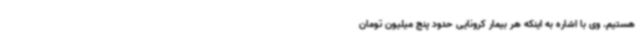
هستیم. وی با اشاره به اینکه هر بیمار کرونایی حدود پنج میلیون تومان